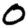
Digit: 0